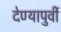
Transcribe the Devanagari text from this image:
देण्यापुर्वी